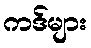
ကဒ်များ